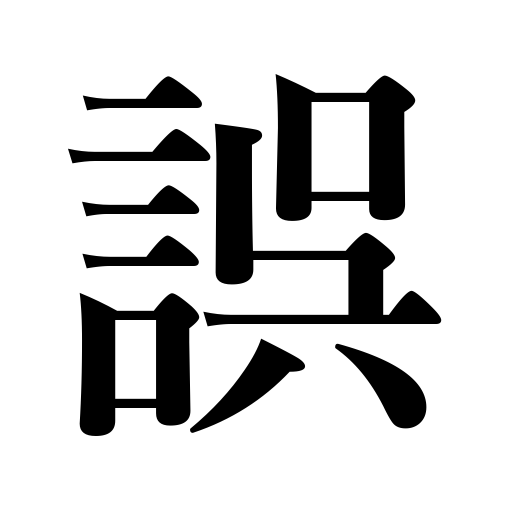
Meanings: mislead,err,be mistaken,do wrong